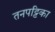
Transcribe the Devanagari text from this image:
तनपट्टिका